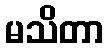
မသိတာ